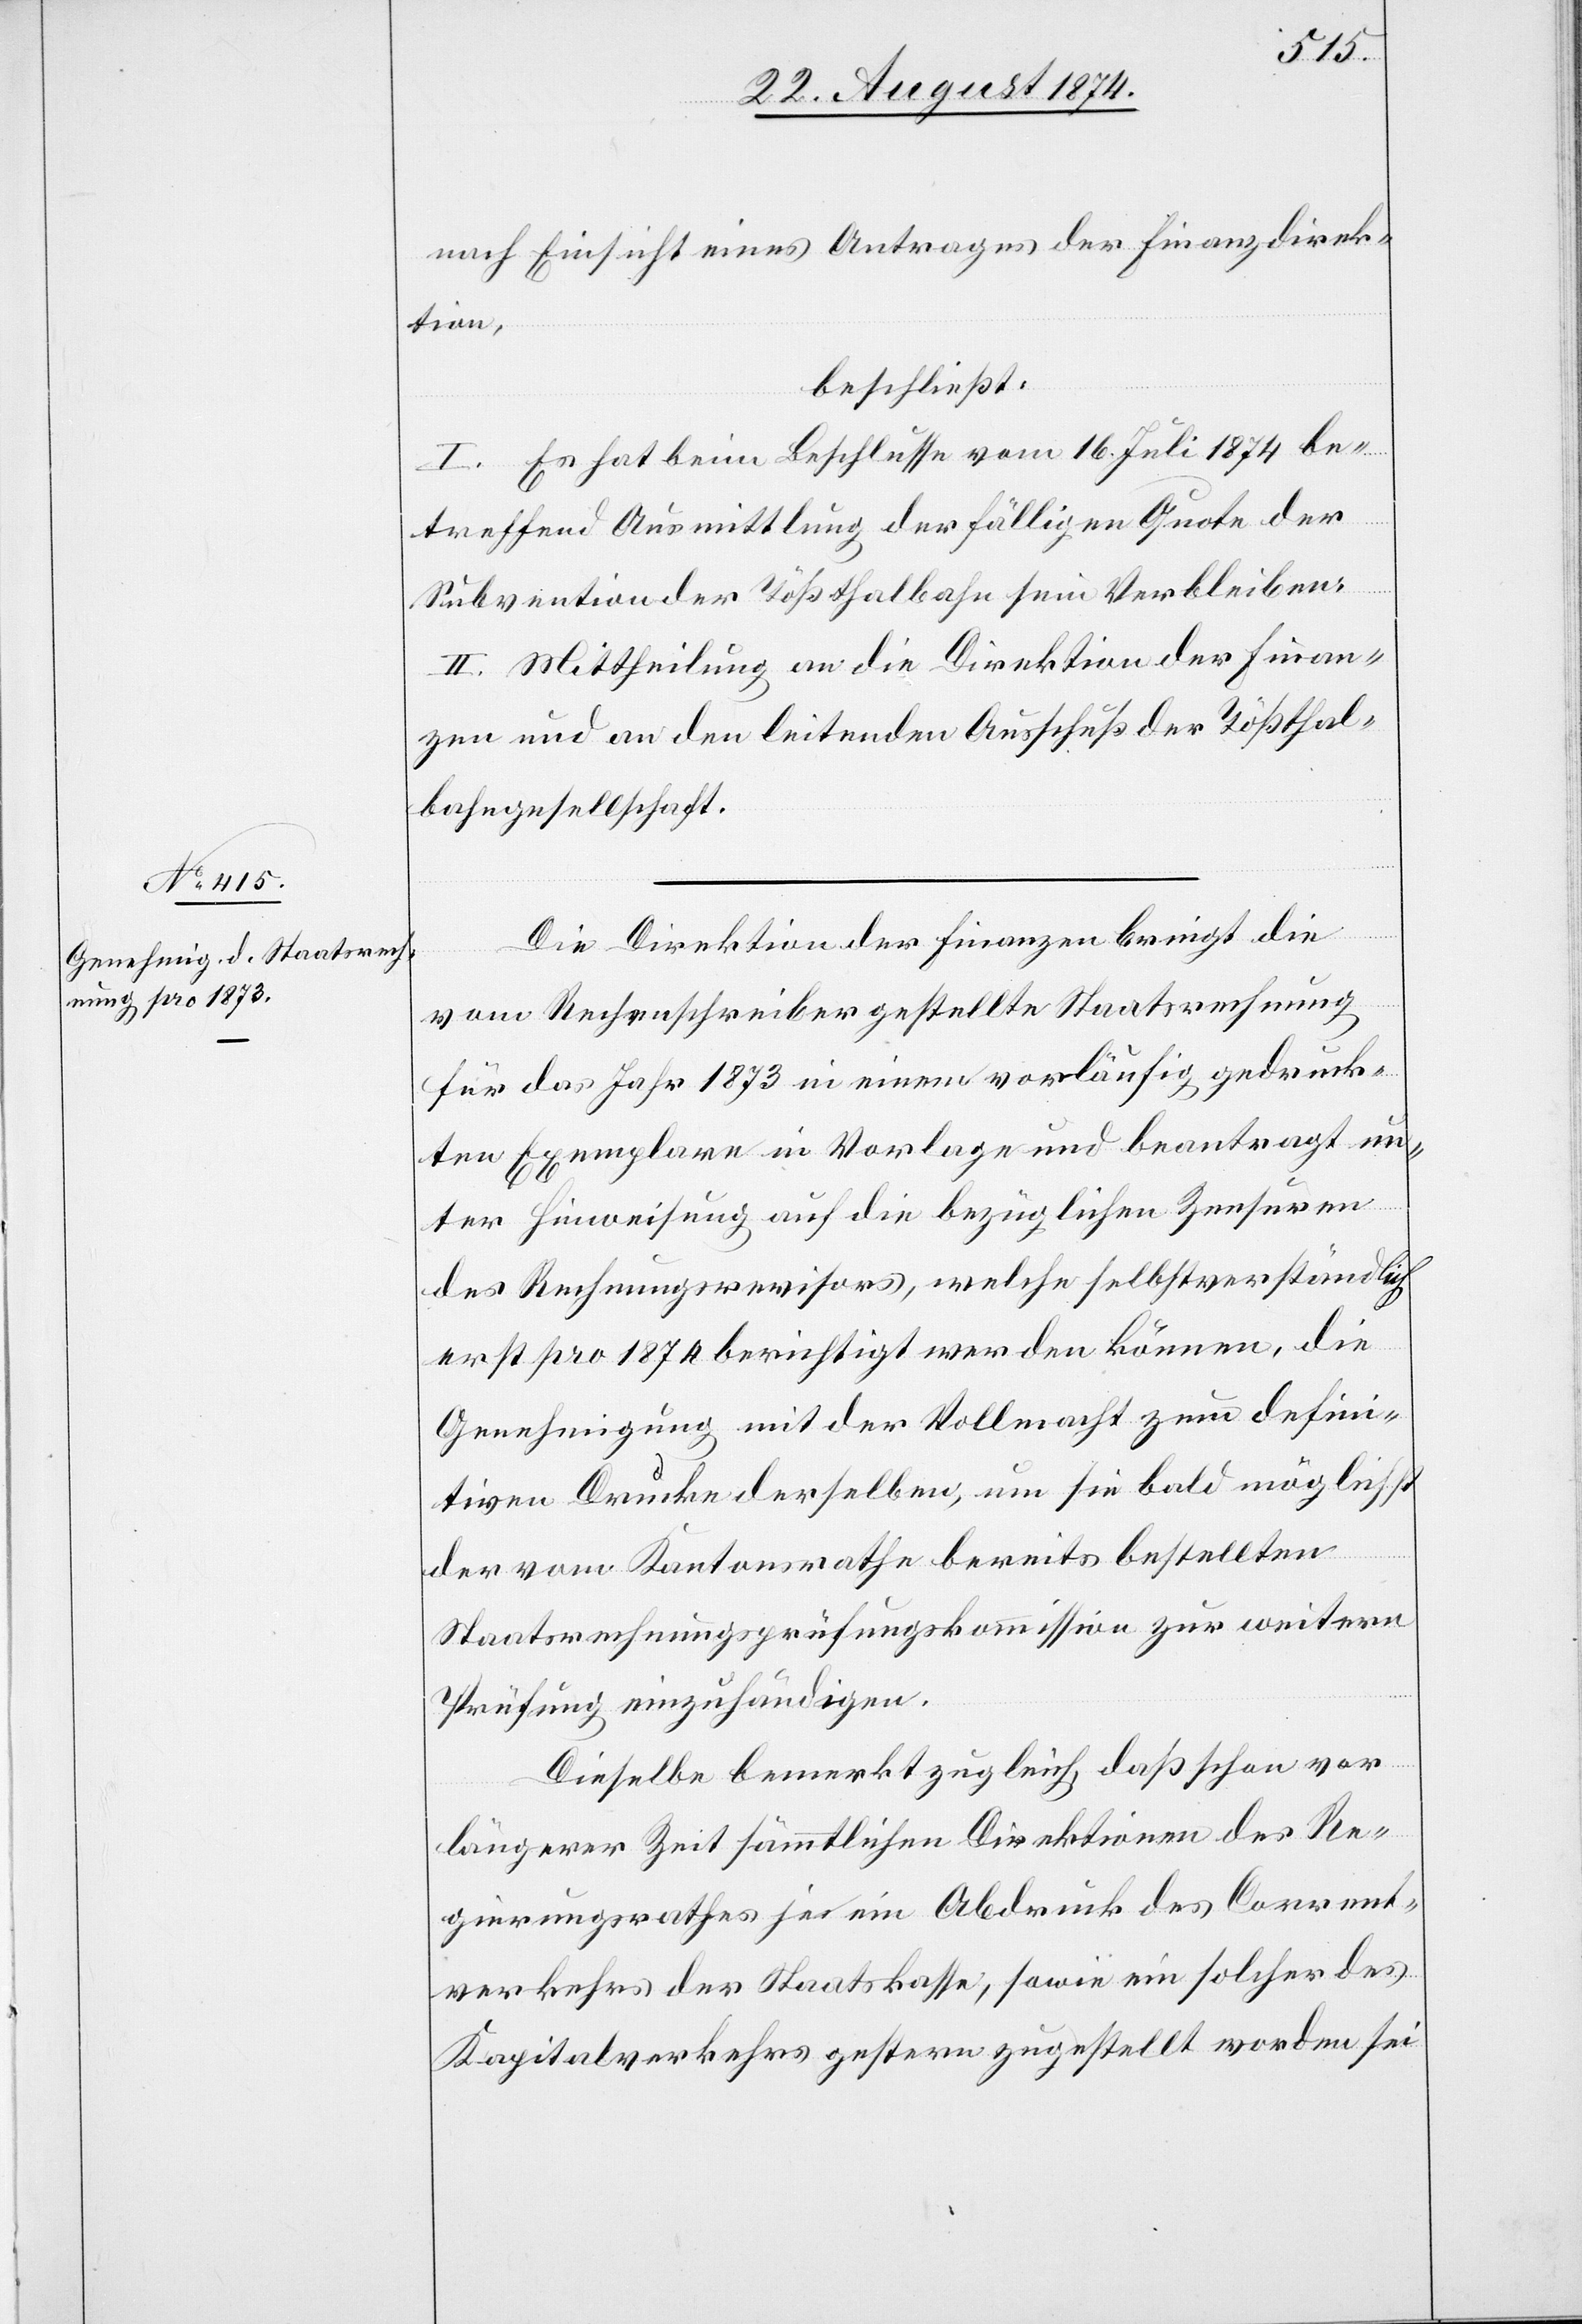
nach Einsicht eines Antrages der Finanzdirek¬
tion,
beschließt:
I. Es hat beim Beschlusse vom 16. Juli 1874 be¬
treffend Ausmittlung der fälligen Quote der
Subvention der Tößthalbahn sein Verbleiben.
II. Mittheilung an die Direktion der Finan¬
zen und an den leitenden Ausschuß der Tößthal¬
bahngesellschaft.
Die Direktion der Finanzen bringt die
vom Rechenschreiber gestellte Staatsrechnung
für das Jahr 1873 in einem vorläufig gedruck¬
ten Exemplare in Vorlage und beantragt un¬
ter Hinweisung auf die bezüglichen Zensuren
des Rechnungsrevisors, welche selbstverständlich
erst pro 1874 berichtigt werden können, die
Genehmigung mit der Vollmacht zum defini¬
tiven Drucke derselben, um sie bald möglichst
der vom Kantonsrathe bereits bestellten
Staatsrechnungsprüfungskommission zur weitern
Prüfung einzuhändigen.
Dieselbe bemerkt zugleich, daß schon vor
längerer Zeit sämmtlichen Direktionen des Re¬
gierungsrathes je ein Abdruck des Convent¬
verkehrs der Staatskasse, sowie ein solcher des
Kapitalverkehrs gestern zugestellt worden sei